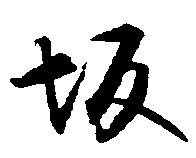
坂